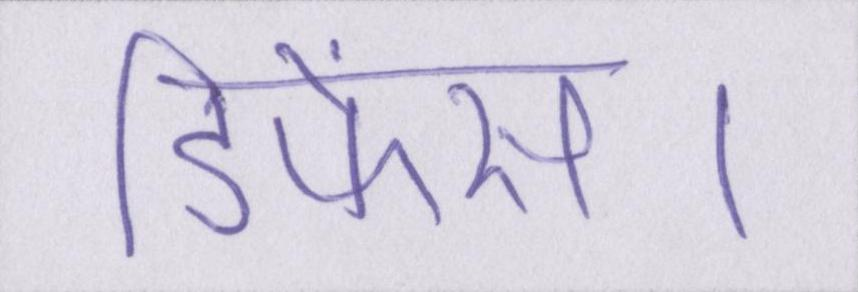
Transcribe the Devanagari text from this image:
डिफेंस।